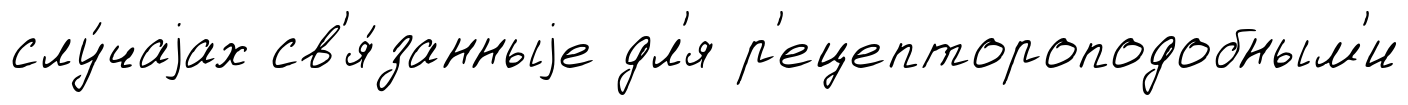
слу́чаjах св'я́занныjе дл'я р'ецептороподобным'и